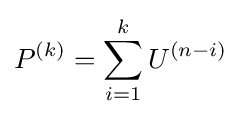
P^{(k)}=\sum _{i=1}^{k}U^{(n-i)}